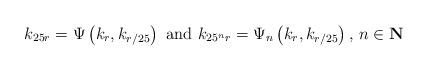
LaTeX: \begin{align*}k_{25r}=\Psi\left(k_r,k_{r/25}\right)\textrm{ and }k_{25^nr}=\Psi_{n}\left(k_r,k_{r/25}\right)\textrm{, }n\in\textbf{N}\end{align*}